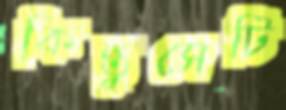
কিন্তুসেটি